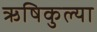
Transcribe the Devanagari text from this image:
ऋषिकुल्या